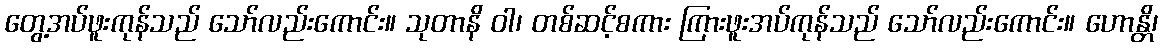
တွေ့အပ်ဖူးကုန်သည် သော်လည်းကောင်း။ သုတာနိ ဝါ၊ တစ်ဆင့်စကား ကြားဖူးအပ်ကုန်သည် သော်လည်းကောင်း။ ဟောန္တိ၊